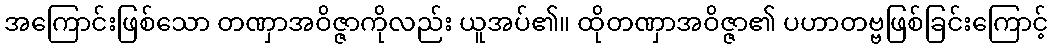
အကြောင်းဖြစ်သော တဏှာအဝိဇ္ဇာကိုလည်း ယူအပ်၏။ ထိုတဏှာအဝိဇ္ဇာ၏ ပဟာတဗ္ဗဖြစ်ခြင်းကြောင့်